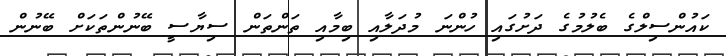
ކައުންސިލްގެ ބެލުމުގެ ދަށުގައި ހުންނަ މުދަލާއި ބިމާއި ތަންތަން ސިޔާސީ ބޭނުންތަކަށް ބޭނުން